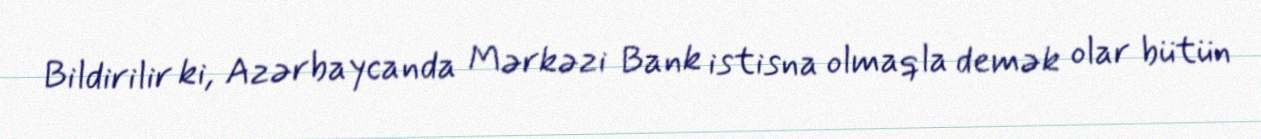
Bildirilir ki, Azərbaycanda Mərkəzi Bank istisna olmaqla demək olar bütün